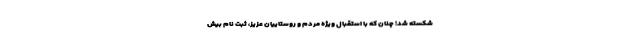
شکسته شد؛ چنان که با استقبال ویژه مردم و روستاییان عزیز، ثبت نام بیش